system: You are a helpful assistant.
user:
Analyze the provided spectrum to determine if it is a **"Cataclysmic Variables (CV)"**.

- **Key Indicators for CV (Check for either state):**
    - **State 1: Quiescent / Low-State (Emission-Dominated)**
        - **(Primary):** Strong and *very broad* Hydrogen Balmer emission lines (e.g., $H\alpha$ at 6563 Å, $H\beta$ at 4861 Å). The 'broadness' (high velocity dispersion, often FWHM > 1000 km/s) is the key diagnostic, indicating a high-velocity accretion disk.
        - **(Secondary):** Broad neutral Helium (He I) emission lines (e.g., 5876 Å, 6678 Å).
        - **(Key Confirmation):** Presence of high-excitation *ionized* Helium (He II) emission at 4686 Å. This is a strong indicator of accretion onto a white dwarf.
        - **(Line Profile):** Emission lines may exhibit a 'double-peaked' profile, which is a classic signature of a rotating accretion disk viewed at high inclination.

    - **State 2: Outburst / High-State (Absorption-Dominated)**
        - **(Primary):** Spectrum is dominated by a bright, blue continuum (looks like a hot star).
        - **(Secondary):** The emission lines from State 1 are weak, absent, or 'filled in', and are replaced by broad, shallow *absorption* lines (primarily Balmer and He I).
        - **(Morphology):** The overall spectrum mimics a hot B/A-type star. The crucial difference is that the absorption lines are significantly broader, shallower, and more 'washed-out' (or 'smeared') than the sharp lines of a normal stellar photosphere, due to high rotational speeds and pressure broadening in the disk.

Think first, call **spectral_visualization_tool** if needed to examine features in detail, then provide your final answer. Your response must adhere to the following strict rules:
1.  **Overall Structure:** Your response must follow the format `<think>...</think> <tool_call>...</tool_call> (if a tool is used) <answer>...</answer>`.
2.  **Tool Usage Constraint:** You may only make **one** tool call per turn.
3.  **Final Answer Format:** In the `<answer>` tag, your conclusion must be inside a `\boxed{}` command (e.g., `\boxed{YES}`), followed by your justification.

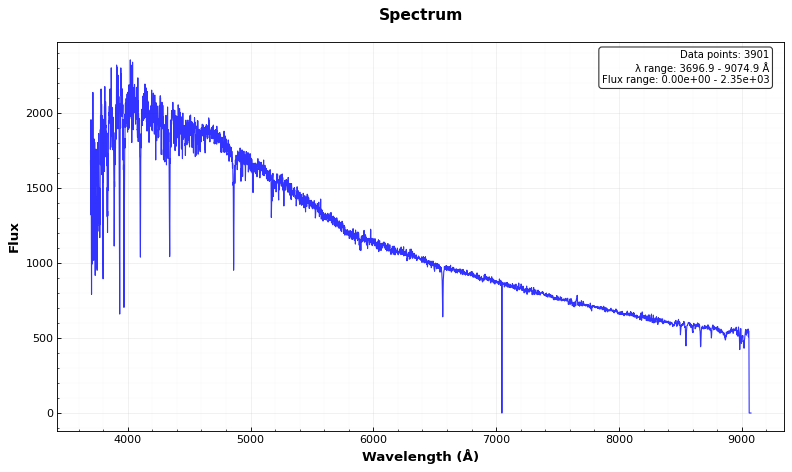
Answer: NO